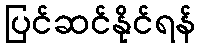
ပြင်ဆင်နိုင်ရန်